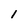
Character: 1